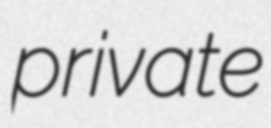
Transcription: private